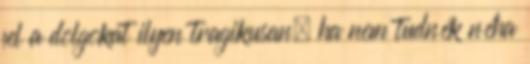
fel a dolgokat ilyen tragikusan, ha nem tudnék néha